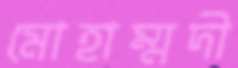
মোহাম্মদী